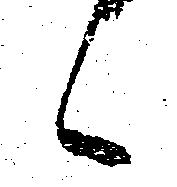
候